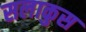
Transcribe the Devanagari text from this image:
सलाकुस